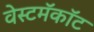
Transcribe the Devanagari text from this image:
वेस्टमॅकॉट